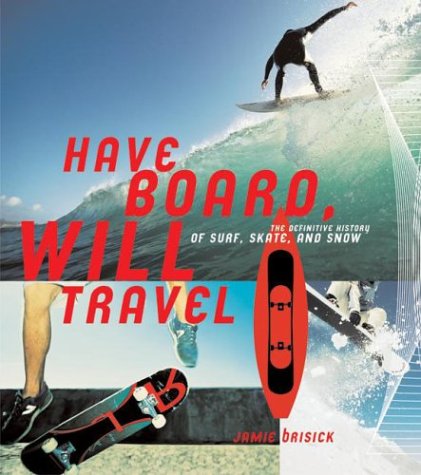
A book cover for Have Board, Will Travel: The Definitive History of Surf, Skate, and Snow; Jamie Brisick; Sports & Outdoors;